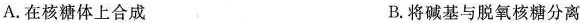
A. 在核糖体上合成 B. 将碱基与脱氧核糖分离